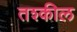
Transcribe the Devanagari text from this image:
तश्कील